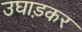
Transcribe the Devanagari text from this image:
उघाड़कर